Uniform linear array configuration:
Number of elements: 32
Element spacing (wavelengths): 0.5
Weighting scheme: blackman
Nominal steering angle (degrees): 30
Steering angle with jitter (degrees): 31.718
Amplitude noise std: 0.05
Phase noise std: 0.05

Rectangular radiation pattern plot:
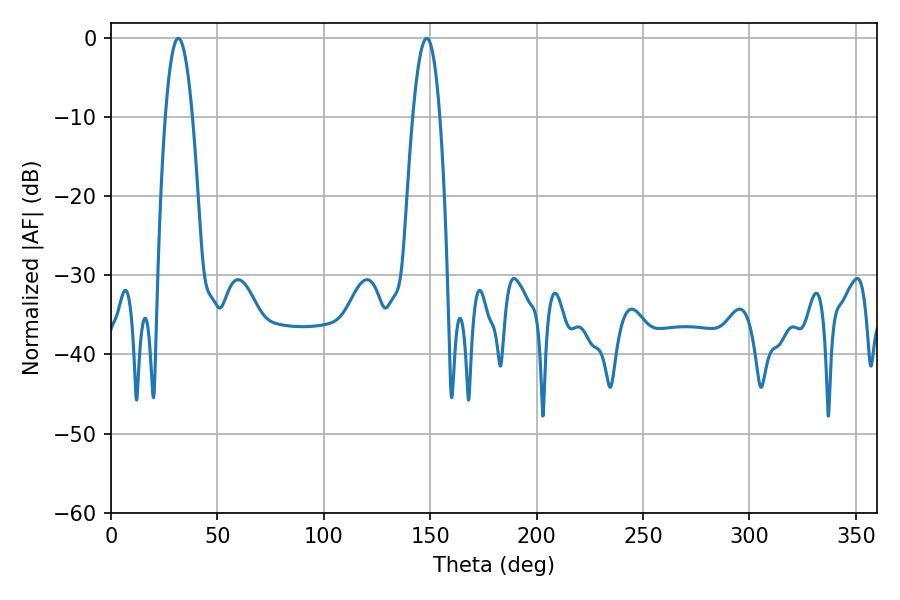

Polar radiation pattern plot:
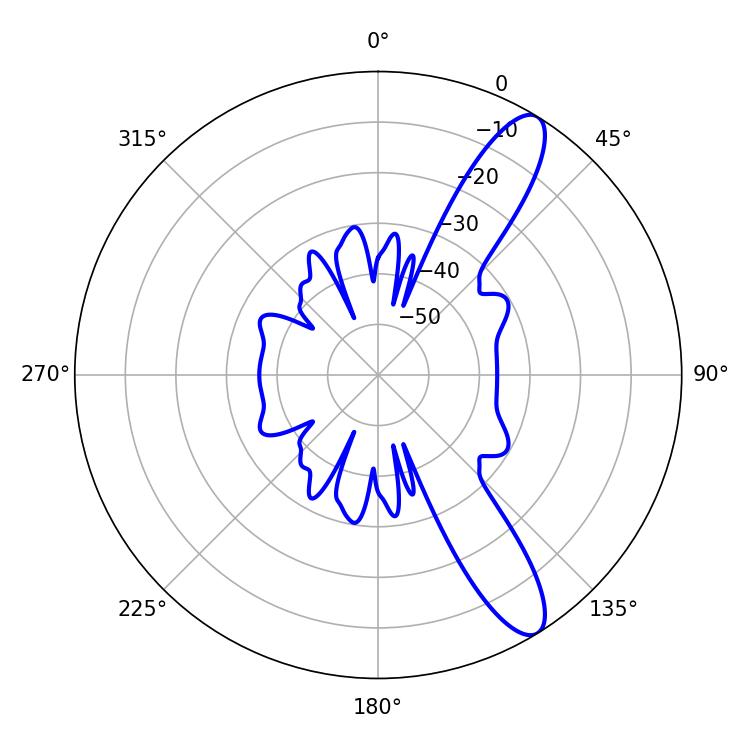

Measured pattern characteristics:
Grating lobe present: FALSE
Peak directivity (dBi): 11.58
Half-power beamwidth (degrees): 7.02
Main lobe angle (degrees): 31.68